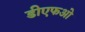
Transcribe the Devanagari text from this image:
डीएफओ